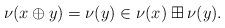
LaTeX: \begin{align*}\nu(x\oplus y)=\nu(y) \in \nu(x) \boxplus \nu(y).\end{align*}